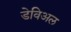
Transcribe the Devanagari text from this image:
डेविअल